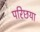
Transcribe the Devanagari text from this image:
परिछया